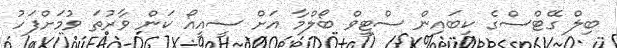
ބިލް ގޭޓްސްގެ ކިބައިން ސްޓީވް ބޯލްމާ އަށް ސީއީއޯ ކަން ވާރުތަ ވުމަށްފަހު